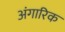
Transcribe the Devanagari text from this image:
अंगारिक